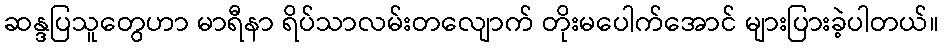
ဆန္ဒပြသူတွေဟာ မာရီနာ ရိပ်သာလမ်းတလျောက် တိုးမပေါက်အောင် များပြားခဲ့ပါတယ်။